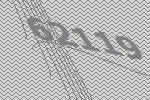
62119